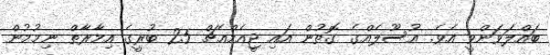
ބައްލަވަންވީ އެވެ. އުސޫލެއްގެ ގޮތުން އައި ޖީއެމްއެޗް 25 ބުރީގެ އިމާރާތް ނިމުމުން